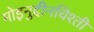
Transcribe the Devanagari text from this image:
मोइनुद्दीनचिश्ती